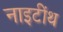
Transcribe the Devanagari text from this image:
नाइटींथ